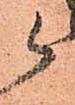
候